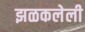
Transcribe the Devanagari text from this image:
झळकलेली